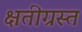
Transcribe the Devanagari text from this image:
क्षतीग्रस्त